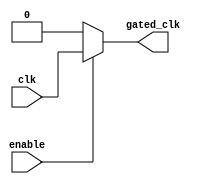
module clock_gating (
    input wire clk,        // Primary clock signal
    input wire enable,     // Enable signal
    output reg gated_clk   // Gated clock output
);

    always @(*) begin
        if (enable) begin
            gated_clk = clk; // Pass through the clock when enabled
        end else begin
            gated_clk = 1'b0; // Block the clock when not enabled
        end
    end

endmodule